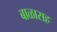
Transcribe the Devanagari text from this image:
बाळासह